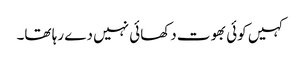
کہیں کوئی بھوت دکھائی نہیں دے رہا تھا۔